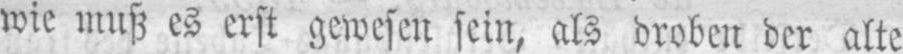
wie muß es erst gewesen sein, als droben der alte